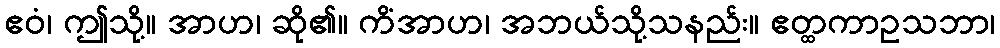
ဧဝံ၊ ဤသို့။ အာဟ၊ ဆို၏။ ကိံအာဟ၊ အဘယ်သို့သနည်း။ ဧတ္ထကာဥသဘာ၊